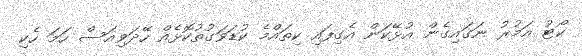
ކޯޓު އަމުރު ނަގައިގެން އުޅޭކަން އެގިފައި ކިތައްމެ ކުޑަވަގުތުކޮޅެއް ހޭދަވިއަސް ހަމަ ހެކި